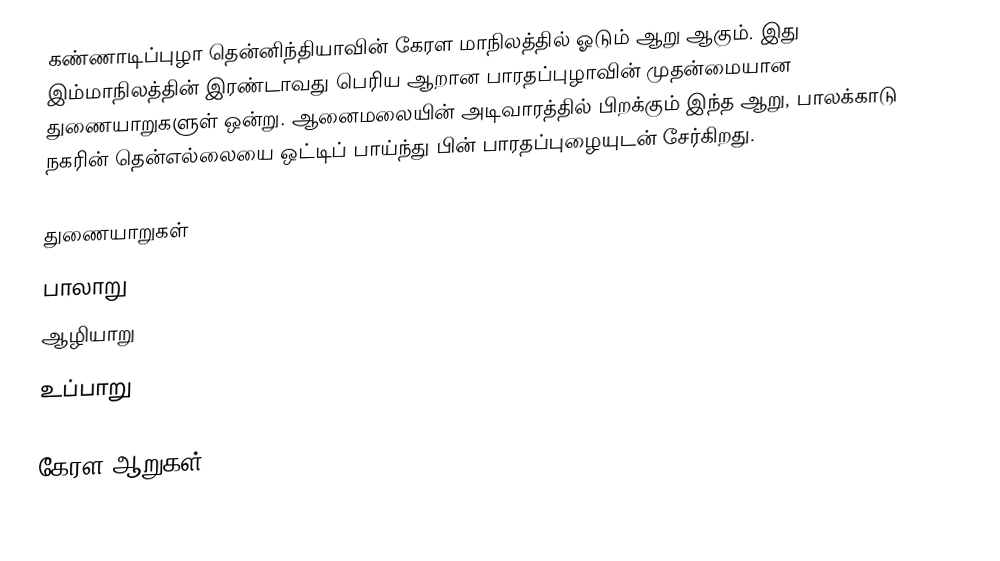
கண்ணாடிப்புழா தென்னிந்தியாவின் கேரள மாநிலத்தில் ஓடும் ஆறு ஆகும். இது இம்மாநிலத்தின் இரண்டாவது பெரிய ஆறான பாரதப்புழாவின் முதன்மையான துணையாறுகளுள் ஒன்று. ஆனைமலையின் அடிவாரத்தில் பிறக்கும் இந்த ஆறு, பாலக்காடு நகரின் தென்எல்லையை ஒட்டிப் பாய்ந்து பின் பாரதப்புழையுடன் சேர்கிறது.

துணையாறுகள்
 பாலாறு
 ஆழியாறு
 உப்பாறு

கேரள ஆறுகள்